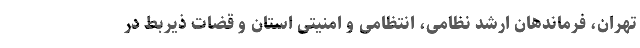
تهران، فرماندهان ارشد نظامی، انتظامی و امنیتی استان و قضات ذیربط در